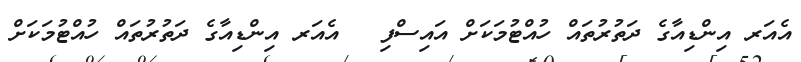
އެއަރ އިންޑިއާގެ ދަތުރުތައް ހުއްޓުމަކަށް އައިސްފި  	އެއަރ އިންޑިއާގެ ދަތުރުތައް ހުއްޓުމަކަށް